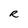
Character: R